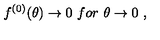
f ^ { ( 0 ) } ( \theta ) \to 0 \ f o r \ \theta \to 0 \ ,